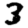
Digit: 3